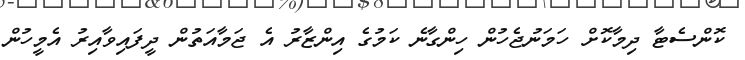
ކޮންސެޓާ ދިމާކޮށް ހަމަނުޖެހުން ހިންގާނެ ކަމުގެ އިންޒާރު އެ ޖަމާއަތުން ދީފައިވާއިރު އެމީހުން